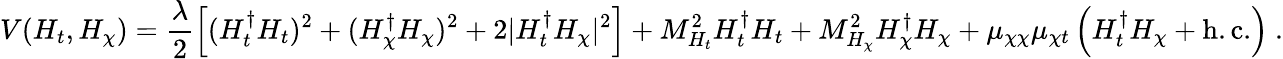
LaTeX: V(H_{t},H_{\chi})=\frac{\lambda}{2}\left[(H_{t}^{\dagger}H_{t})^{2}+(H_{\chi}^{\dagger}H_{\chi})^{2}+2|H_{t}^{\dagger}H_{\chi}|^{2}\right]+M_{H_{t}}^{2}H_{t}^{\dagger}H_{t}+M_{H_{\chi}}^{2}H_{\chi}^{\dagger}H_{\chi}+\mu_{\chi\chi}\mu_{\chi t}\left(H_{t}^{\dagger}H_{\chi}+\mathrm{h.c.}\right)~.